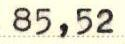
85,52